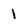
Character: 1